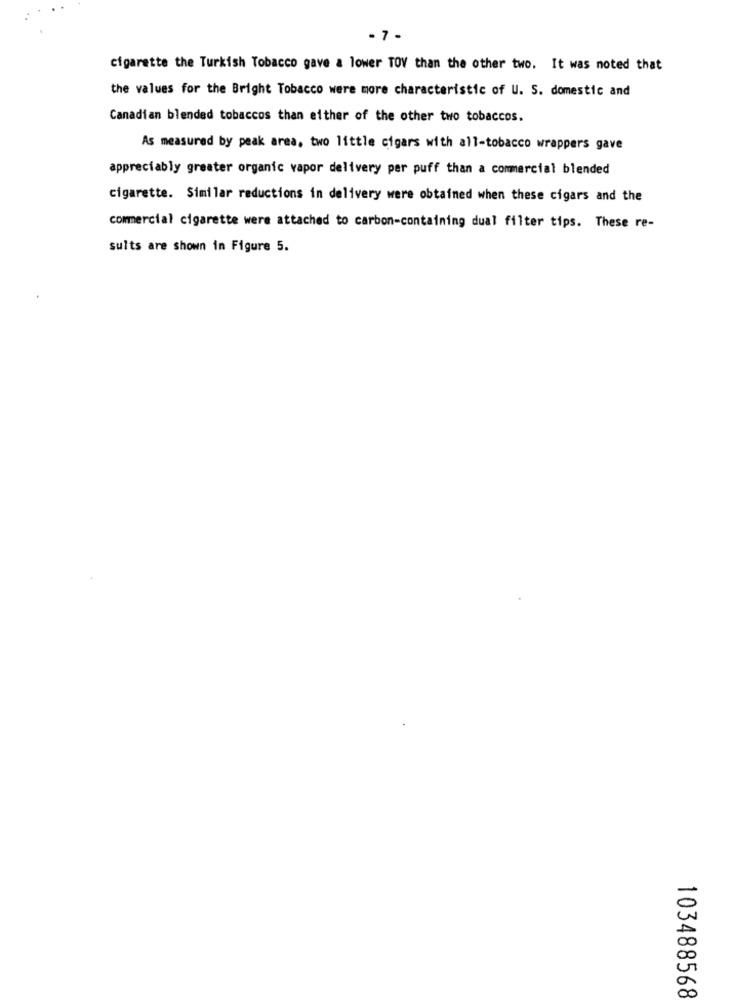
- 7 -
cigarette the Turkish Tobacco gave a lower TOV than the other two. It was noted that
the values for the Bright Tobacco were more characteristic of U. S. domestic and
Canadian blended tobaccos than either of the other two tobaccos.
As measured by peak area, two little cigars with all-tobacco wrappers gave
appreciably greater organic vapor delivery per puff than a commercial blended
cigarette. Similar reductions in delivery were obtained when these cigars and the
commercial cigarette were attached to carbon-containing dual filter tips. These re-
sults are shown in Figure 5.
103488568